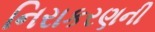
નિરાકરણની